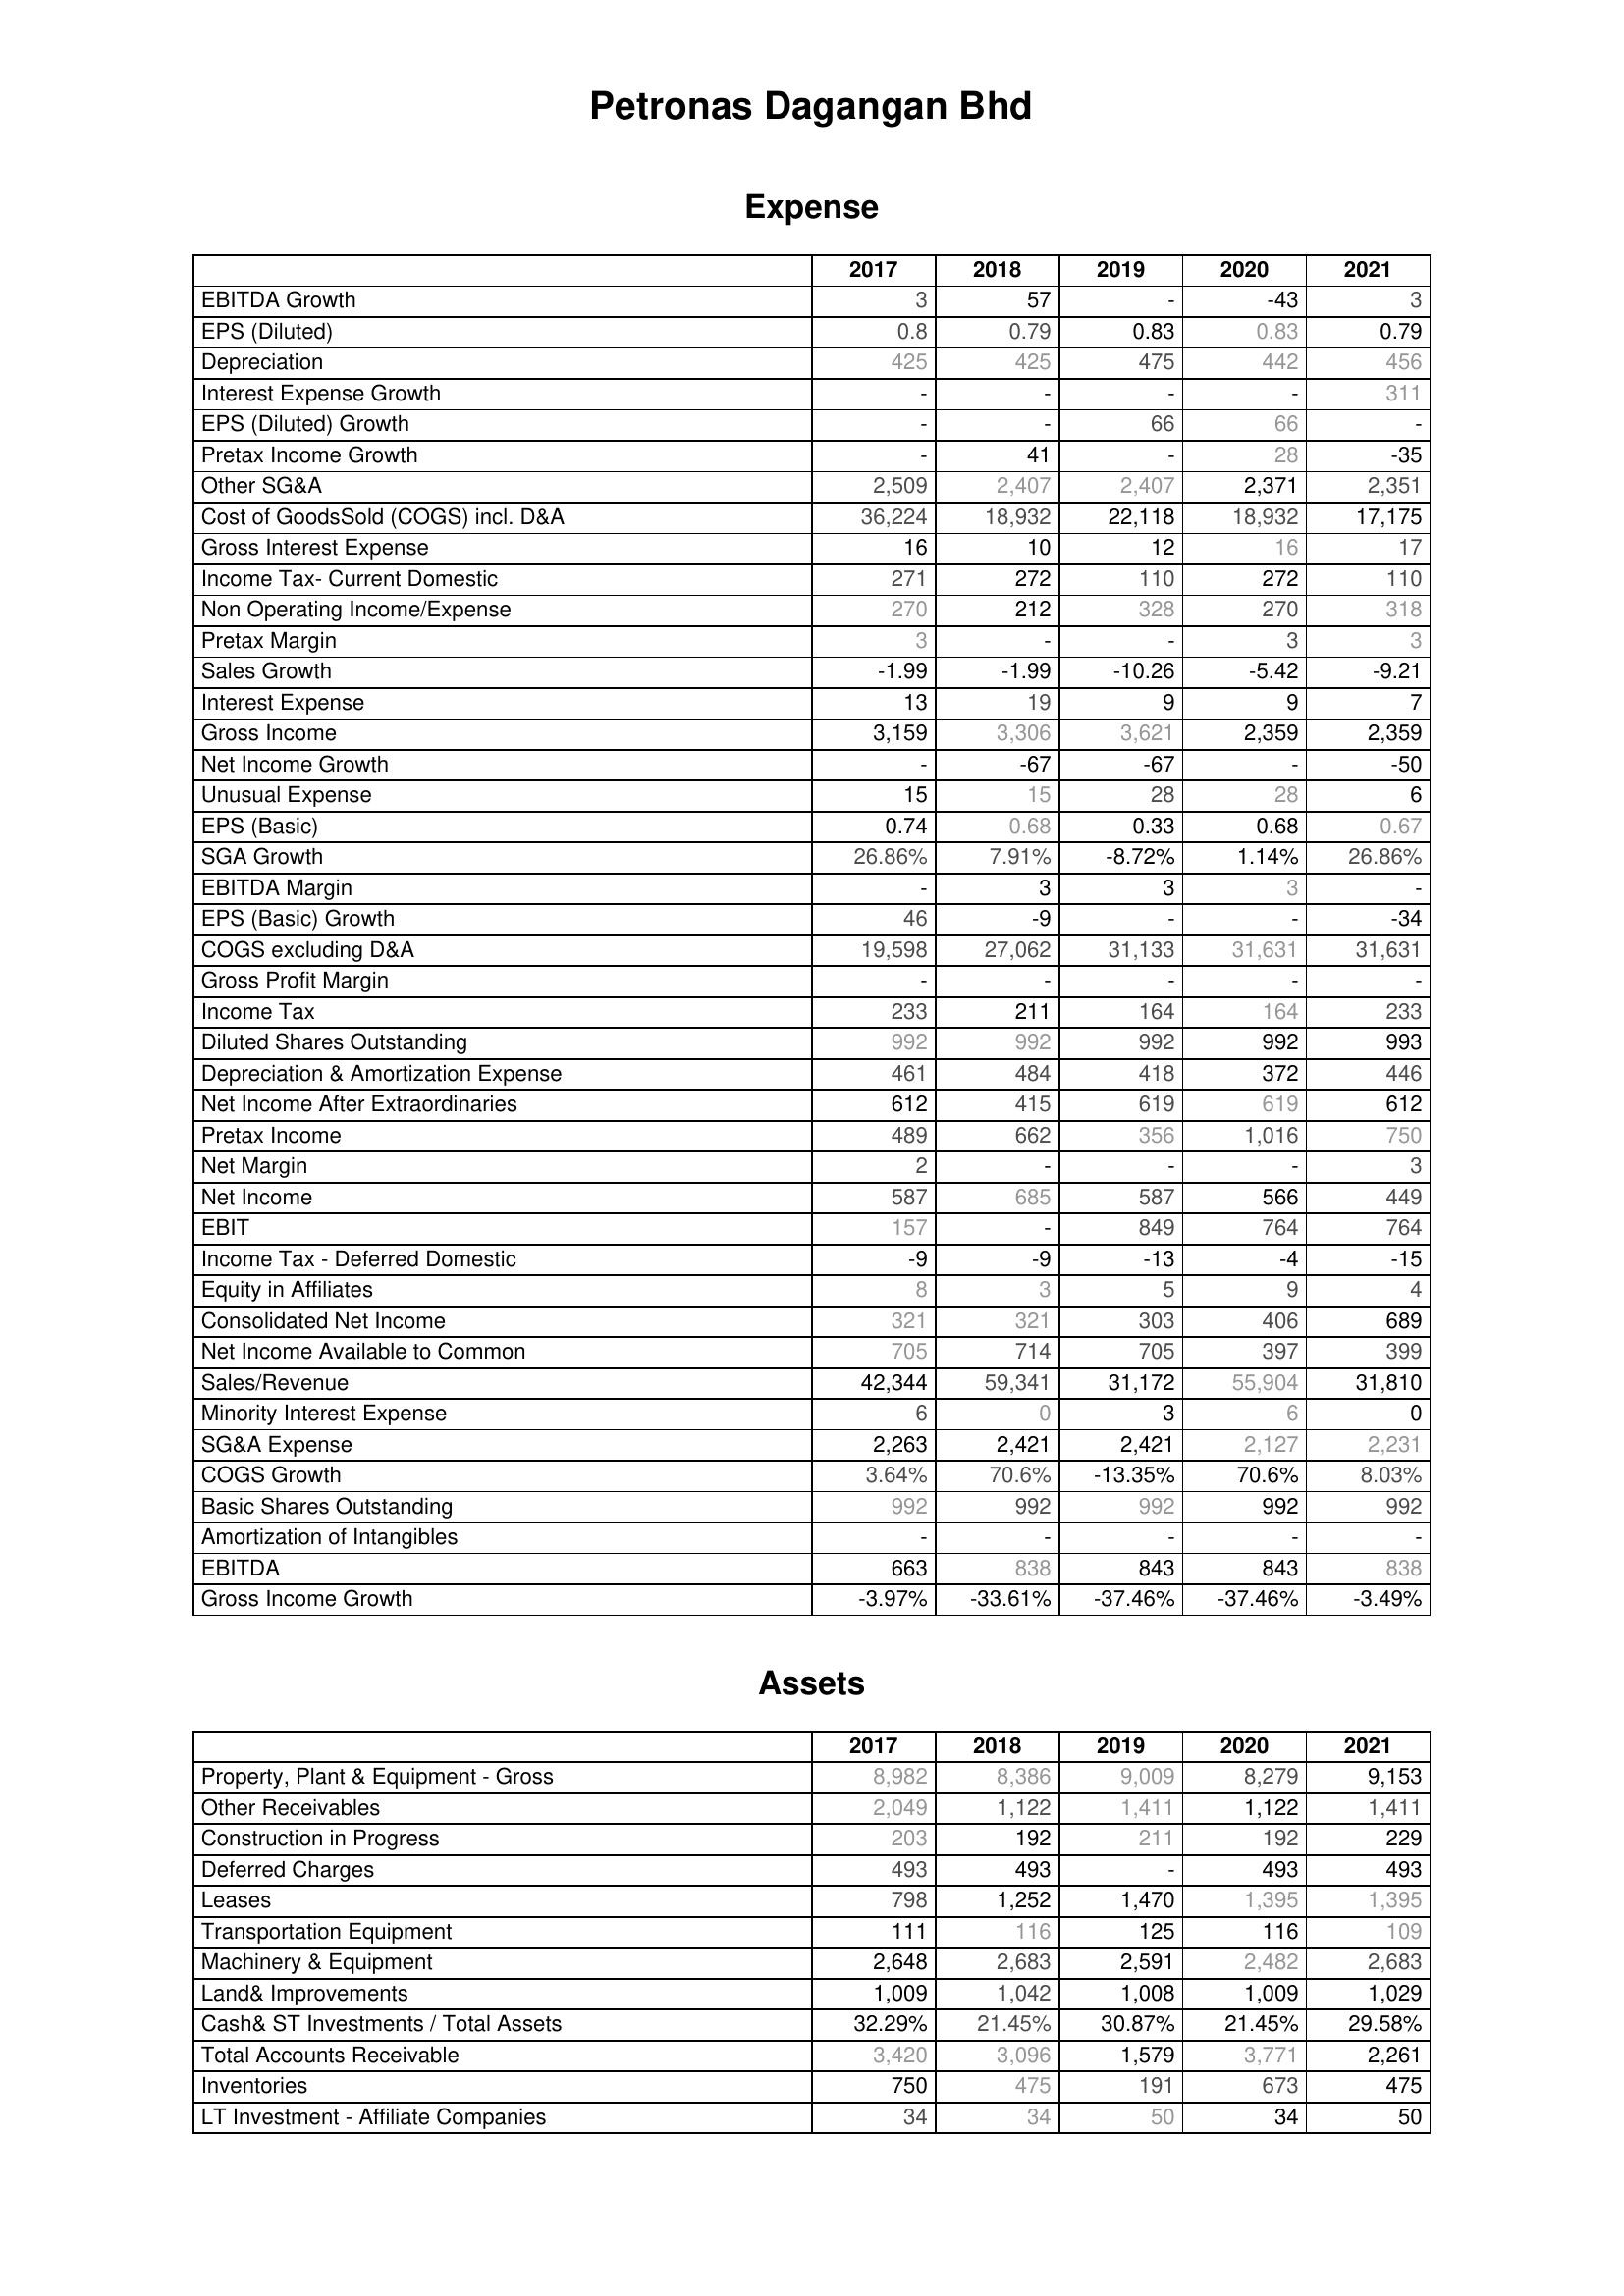
2017: Expense: EBITDA Growth: 3
EPS (Diluted): 0.8
Depreciation: 425
Interest Expense Growth: -
EPS (Diluted) Growth: -
Pretax Income Growth: -
Other SG&A: 2,509
Cost of GoodsSold (COGS) incl. D&A: 36,224
Gross Interest Expense: 16
Income Tax- Current Domestic: 271
Non Operating Income/Expense: 270
Pretax Margin: 3
Sales Growth: -1.99
Interest Expense: 13
Gross Income: 3,159
Net Income Growth: -
Unusual Expense: 15
EPS (Basic): 0.74
SGA Growth: 26.86%
EBITDA Margin: -
EPS (Basic) Growth: 46
COGS excluding D&A: 19,598
Gross Profit Margin: -
Income Tax: 233
Diluted Shares Outstanding: 992
Depreciation & Amortization Expense: 461
Net Income After Extraordinaries: 612
Pretax Income: 489
Net Margin: 2
Net Income: 587
EBIT: 157
Income Tax - Deferred Domestic: -9
Equity in Affiliates: 8
Consolidated Net Income: 321
Net Income Available to Common: 705
Sales/Revenue: 42,344
Minority Interest Expense: 6
SG&A Expense: 2,263
COGS Growth: 3.64%
Basic Shares Outstanding: 992
Amortization of Intangibles: -
EBITDA: 663
Gross Income Growth: -3.97%
Assets: Property, Plant & Equipment - Gross : 8,982
Other Receivables: 2,049
Construction in Progress: 203
Deferred Charges: 493
Leases: 798
Transportation Equipment: 111
Machinery & Equipment: 2,648
Land& Improvements: 1,009
Cash& ST Investments / Total Assets: 32.29%
Total Accounts Receivable: 3,420
Inventories: 750
LT Investment - Affiliate Companies: 34
2018: Expense: EBITDA Growth: 57
EPS (Diluted): 0.79
Depreciation: 425
Interest Expense Growth: -
EPS (Diluted) Growth: -
Pretax Income Growth: 41
Other SG&A: 2,407
Cost of GoodsSold (COGS) incl. D&A: 18,932
Gross Interest Expense: 10
Income Tax- Current Domestic: 272
Non Operating Income/Expense: 212
Pretax Margin: -
Sales Growth: -1.99
Interest Expense: 19
Gross Income: 3,306
Net Income Growth: -67
Unusual Expense: 15
EPS (Basic): 0.68
SGA Growth: 7.91%
EBITDA Margin: 3
EPS (Basic) Growth: -9
COGS excluding D&A: 27,062
Gross Profit Margin: -
Income Tax: 211
Diluted Shares Outstanding: 992
Depreciation & Amortization Expense: 484
Net Income After Extraordinaries: 415
Pretax Income: 662
Net Margin: -
Net Income: 685
EBIT: -
Income Tax - Deferred Domestic: -9
Equity in Affiliates: 3
Consolidated Net Income: 321
Net Income Available to Common: 714
Sales/Revenue: 59,341
Minority Interest Expense: 0
SG&A Expense: 2,421
COGS Growth: 70.6%
Basic Shares Outstanding: 992
Amortization of Intangibles: -
EBITDA: 838
Gross Income Growth: -33.61%
Assets: Property, Plant & Equipment - Gross : 8,386
Other Receivables: 1,122
Construction in Progress: 192
Deferred Charges: 493
Leases: 1,252
Transportation Equipment: 116
Machinery & Equipment: 2,683
Land& Improvements: 1,042
Cash& ST Investments / Total Assets: 21.45%
Total Accounts Receivable: 3,096
Inventories: 475
LT Investment - Affiliate Companies: 34
2019: Expense: EBITDA Growth: -
EPS (Diluted): 0.83
Depreciation: 475
Interest Expense Growth: -
EPS (Diluted) Growth: 66
Pretax Income Growth: -
Other SG&A: 2,407
Cost of GoodsSold (COGS) incl. D&A: 22,118
Gross Interest Expense: 12
Income Tax- Current Domestic: 110
Non Operating Income/Expense: 328
Pretax Margin: -
Sales Growth: -10.26
Interest Expense: 9
Gross Income: 3,621
Net Income Growth: -67
Unusual Expense: 28
EPS (Basic): 0.33
SGA Growth: -8.72%
EBITDA Margin: 3
EPS (Basic) Growth: -
COGS excluding D&A: 31,133
Gross Profit Margin: -
Income Tax: 164
Diluted Shares Outstanding: 992
Depreciation & Amortization Expense: 418
Net Income After Extraordinaries: 619
Pretax Income: 356
Net Margin: -
Net Income: 587
EBIT: 849
Income Tax - Deferred Domestic: -13
Equity in Affiliates: 5
Consolidated Net Income: 303
Net Income Available to Common: 705
Sales/Revenue: 31,172
Minority Interest Expense: 3
SG&A Expense: 2,421
COGS Growth: -13.35%
Basic Shares Outstanding: 992
Amortization of Intangibles: -
EBITDA: 843
Gross Income Growth: -37.46%
Assets: Property, Plant & Equipment - Gross : 9,009
Other Receivables: 1,411
Construction in Progress: 211
Deferred Charges: -
Leases: 1,470
Transportation Equipment: 125
Machinery & Equipment: 2,591
Land& Improvements: 1,008
Cash& ST Investments / Total Assets: 30.87%
Total Accounts Receivable: 1,579
Inventories: 191
LT Investment - Affiliate Companies: 50
2020: Expense: EBITDA Growth: -43
EPS (Diluted): 0.83
Depreciation: 442
Interest Expense Growth: -
EPS (Diluted) Growth: 66
Pretax Income Growth: 28
Other SG&A: 2,371
Cost of GoodsSold (COGS) incl. D&A: 18,932
Gross Interest Expense: 16
Income Tax- Current Domestic: 272
Non Operating Income/Expense: 270
Pretax Margin: 3
Sales Growth: -5.42
Interest Expense: 9
Gross Income: 2,359
Net Income Growth: -
Unusual Expense: 28
EPS (Basic): 0.68
SGA Growth: 1.14%
EBITDA Margin: 3
EPS (Basic) Growth: -
COGS excluding D&A: 31,631
Gross Profit Margin: -
Income Tax: 164
Diluted Shares Outstanding: 992
Depreciation & Amortization Expense: 372
Net Income After Extraordinaries: 619
Pretax Income: 1,016
Net Margin: -
Net Income: 566
EBIT: 764
Income Tax - Deferred Domestic: -4
Equity in Affiliates: 9
Consolidated Net Income: 406
Net Income Available to Common: 397
Sales/Revenue: 55,904
Minority Interest Expense: 6
SG&A Expense: 2,127
COGS Growth: 70.6%
Basic Shares Outstanding: 992
Amortization of Intangibles: -
EBITDA: 843
Gross Income Growth: -37.46%
Assets: Property, Plant & Equipment - Gross : 8,279
Other Receivables: 1,122
Construction in Progress: 192
Deferred Charges: 493
Leases: 1,395
Transportation Equipment: 116
Machinery & Equipment: 2,482
Land& Improvements: 1,009
Cash& ST Investments / Total Assets: 21.45%
Total Accounts Receivable: 3,771
Inventories: 673
LT Investment - Affiliate Companies: 34
2021: Expense: EBITDA Growth: 3
EPS (Diluted): 0.79
Depreciation: 456
Interest Expense Growth: 311
EPS (Diluted) Growth: -
Pretax Income Growth: -35
Other SG&A: 2,351
Cost of GoodsSold (COGS) incl. D&A: 17,175
Gross Interest Expense: 17
Income Tax- Current Domestic: 110
Non Operating Income/Expense: 318
Pretax Margin: 3
Sales Growth: -9.21
Interest Expense: 7
Gross Income: 2,359
Net Income Growth: -50
Unusual Expense: 6
EPS (Basic): 0.67
SGA Growth: 26.86%
EBITDA Margin: -
EPS (Basic) Growth: -34
COGS excluding D&A: 31,631
Gross Profit Margin: -
Income Tax: 233
Diluted Shares Outstanding: 993
Depreciation & Amortization Expense: 446
Net Income After Extraordinaries: 612
Pretax Income: 750
Net Margin: 3
Net Income: 449
EBIT: 764
Income Tax - Deferred Domestic: -15
Equity in Affiliates: 4
Consolidated Net Income: 689
Net Income Available to Common: 399
Sales/Revenue: 31,810
Minority Interest Expense: 0
SG&A Expense: 2,231
COGS Growth: 8.03%
Basic Shares Outstanding: 992
Amortization of Intangibles: -
EBITDA: 838
Gross Income Growth: -3.49%
Assets: Property, Plant & Equipment - Gross : 9,153
Other Receivables: 1,411
Construction in Progress: 229
Deferred Charges: 493
Leases: 1,395
Transportation Equipment: 109
Machinery & Equipment: 2,683
Land& Improvements: 1,029
Cash& ST Investments / Total Assets: 29.58%
Total Accounts Receivable: 2,261
Inventories: 475
LT Investment - Affiliate Companies: 50